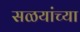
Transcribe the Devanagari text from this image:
सळयांच्या